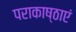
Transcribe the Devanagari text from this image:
पराकाष्ठाएं